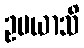
ဥပယာသိ